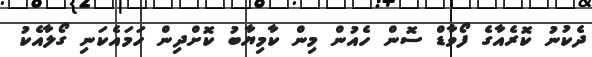
ދެކުނު ކޮރެއާގެ ފޯވާޑް ސޮން ހެއުން މިން ކާމިޔާބު ކޮށްދިން ހަމައެކަނި ގޯލާއެކު